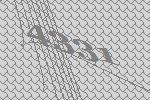
4331